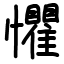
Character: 懼